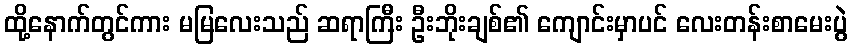
ထို့နောက်တွင်ကား မမြလေးသည် ဆရာကြီး ဦးဘိုးချစ်၏ ကျောင်းမှာပင် လေးတန်းစာမေးပွဲ